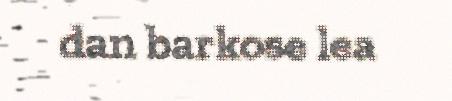
dan barkose lea